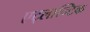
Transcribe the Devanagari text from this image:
एट्लान्टिक